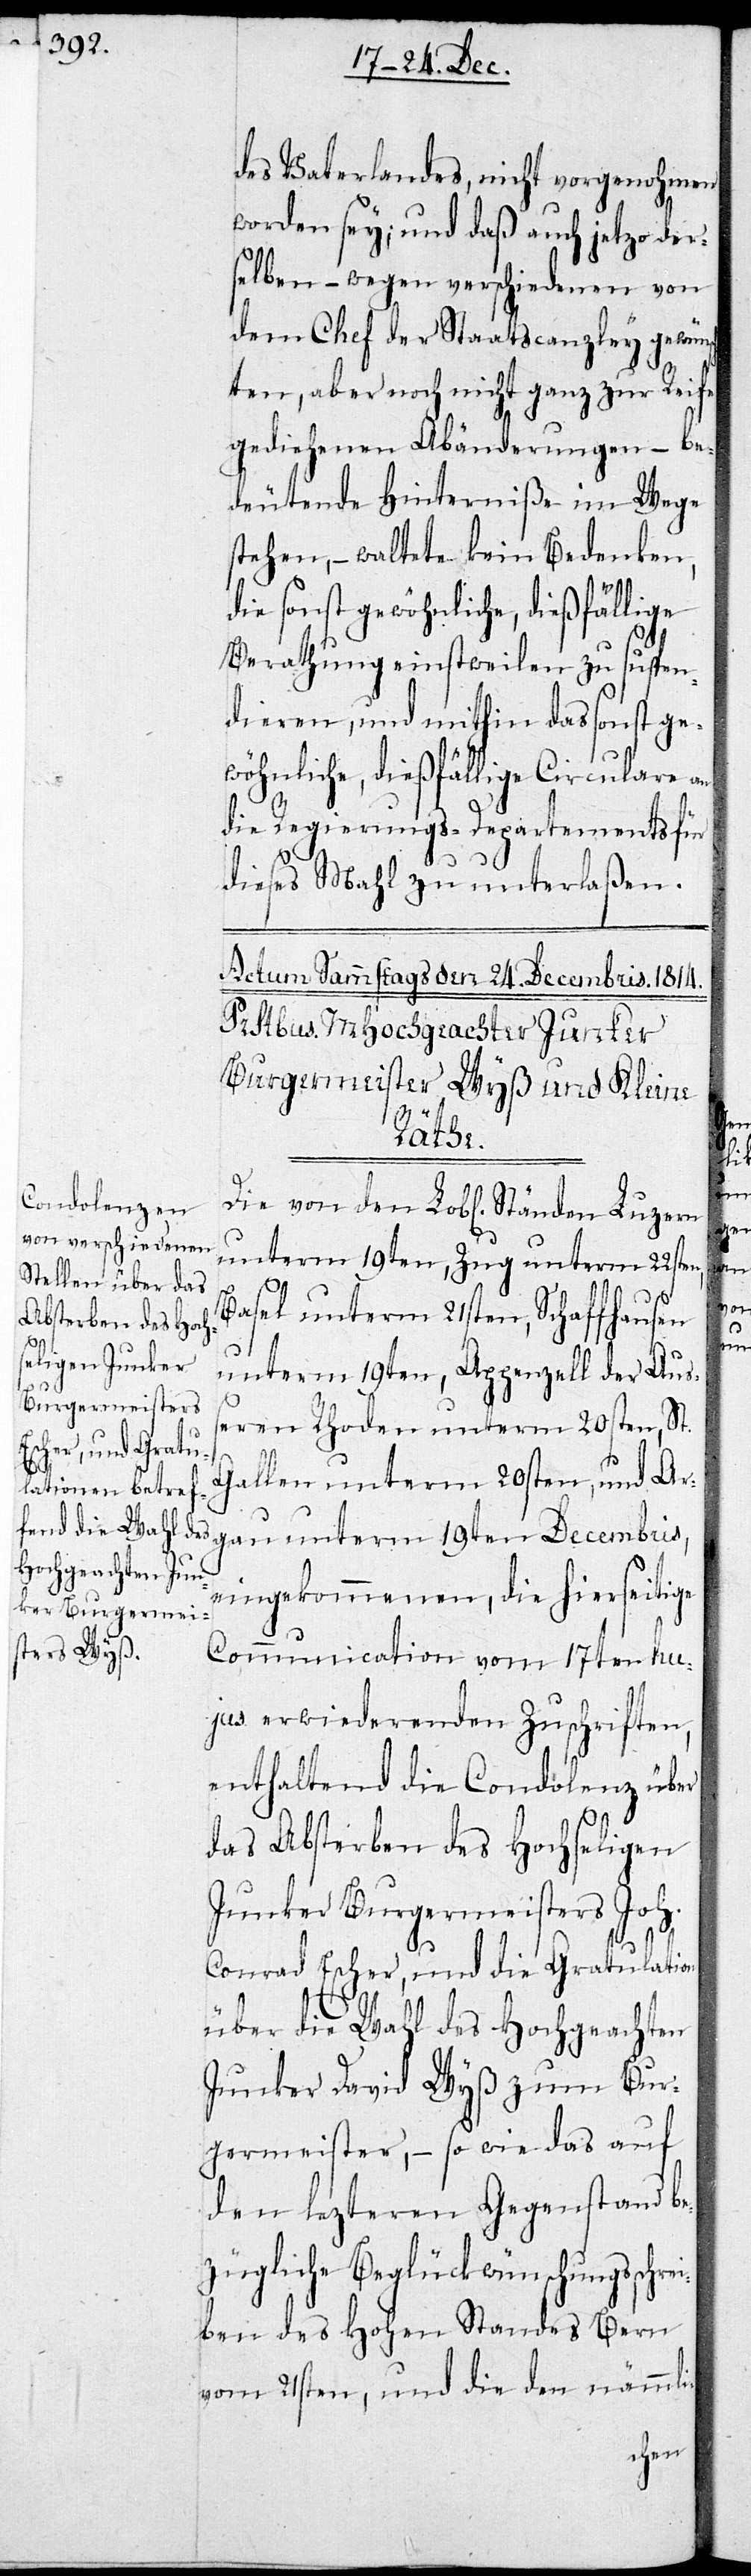
des Vaterlandes nicht vorgenohmen
worden sey; und daß auch jetzo der¬
selben – wegen verschiedenen von
dem Chef der Staatscanzley gewün¬
ten, aber noch nicht ganz zur Reife
gediehenen Abänderungen – be¬
deutende Hinterniße im Wege
stehen, – waltete kein Bedenken,
die sonst gewöhnliche, dießfällige
Berathung einstweilen zu suspen¬
dieren, und mithin das sonst ge¬
wöhnliche, dießfällige Circulare an
die Regierungs-Departements für
dieses Mahl zu unterlaßen.
sch¬
Die von den Lobl. Ständen Luzern
unterm 19ten, Zug unterm 22sten,
Basel unterm 21sten, Schaffhausen
unterm 19ten, Appenzell der Auß¬
eren Rhoden unterm 20sten, St.
Gallen unterm 20sten, und Aar¬
gau unterm 19ten Decembris,
eingekommenen, die hierseitige
Communication vom 17ten hu¬
jus erwiederenden Zuschriften,
enthaltend die Condolenz über
das Absterben des Hochseligen
Junker Burgermeister Joh.
Conrad Escher, und die Gratulation
über die Wahl des Hochgeachten
Junker David Wyß zum Bur¬
germeister, – so wie das auf
den lezteren Gegenstand be¬
zügliche Beglückwünschungsschrei¬
ben des Hohen Standes Bern
vom 21sten, und die den nämmli-